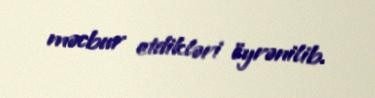
məcbur etdikləri öyrənilib.